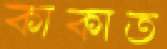
কাকাত